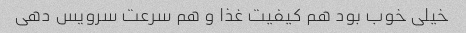
خیلی خوب بود هم کیفیت غذا و هم سرعت سرویس دهی